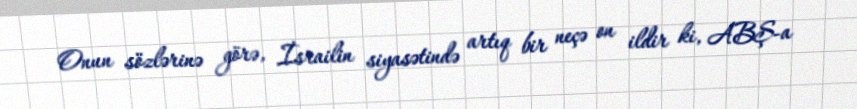
Onun sözlərinə görə, İsrailin siyasətində artıq bir neçə on ildir ki, ABŞ-a